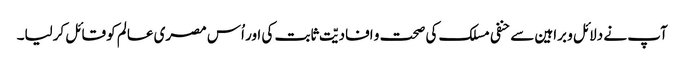
آپ نے دلائل و براہین سے حنفی مسلک کی صحت و افادیّت ثابت کی اور اُس مصری عالم کو قائل کرلیا۔